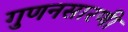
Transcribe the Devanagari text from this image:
गुणनसारणी